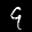
Label: 9